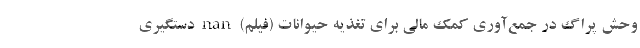
وحش پراگ در جمع‌آوری کمک مالی برای تغذیه حیوانات (فیلم) nan دستگیری